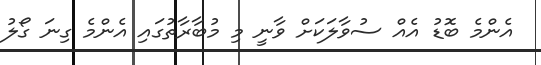
އެންމެ ބޮޑު އެއް ސުވާލަކަށް ވާނީ މި މުބާރާތުގައި އެންމެ ގިނަ ގޯލު